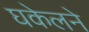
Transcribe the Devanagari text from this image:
घकेलने